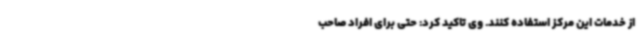
از خدمات این مرکز استفاده کنند. وی تاکید کرد: حتی برای افراد صاحب